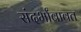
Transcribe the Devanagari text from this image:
संदर्भांबाबत